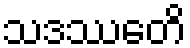
သဒဿေတိ